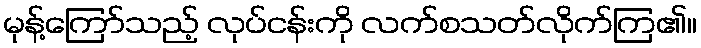
မုန့်ကြော်သည့် လုပ်ငန်းကို လက်စသတ်လိုက်ကြ၏။